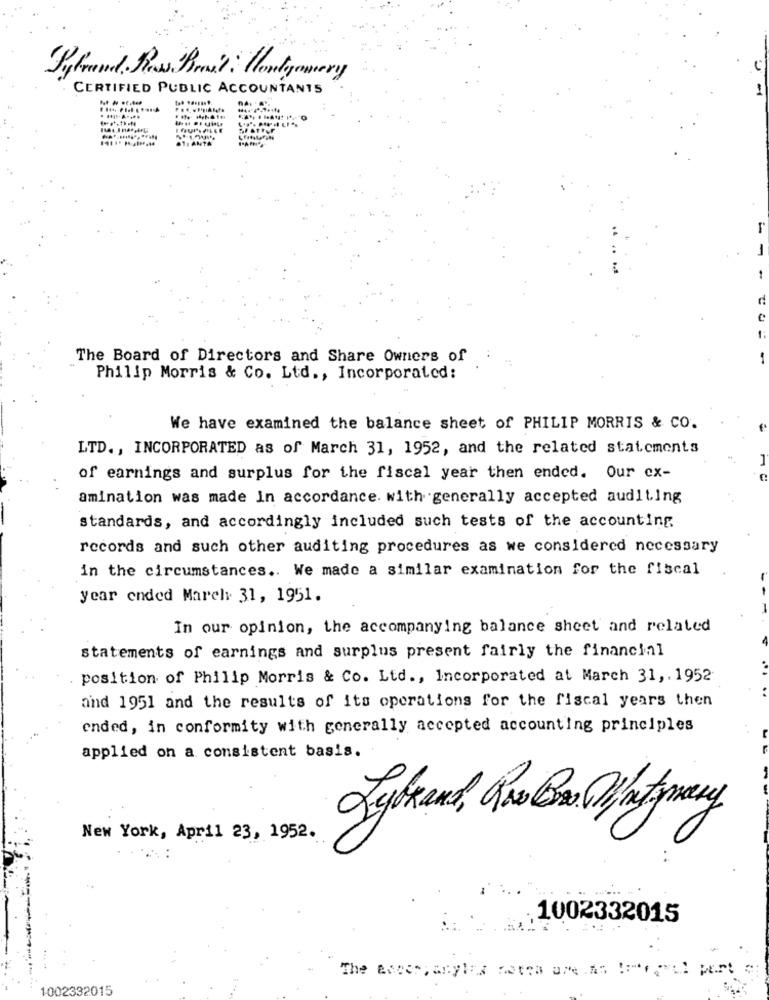
Beforend Ress Brast : Montgomery
CERTIFIED PUBLIC ACCOUNTANTS
1
The Board of Directors and Share Owners of
-
Philip Morris & Co. Ltd ., Incorporated:
We have examined the balance sheet of PHILIP MORRIS & CO.
LTD. , INCORPORATED as of March 31, 1952, and the related statements
of earnings and surplus for the fiscal year then ended. Our ex-
amination was made In accordance with generally accepted auditing
standards, and accordingly included such tests of the accounting
records and such other auditing procedures as we considered necessary
in the circumstances .. We made a similar examination for the fiscal
year ended March 31, 1951.
In our opinion, the accompanying balance sheet and related
statements of earnings and surplus present fairly the financial
position of Philip Morris & Co. Ltd ., Incorporated at March 31 ,. 1952
and 1951 and the results of its operations for the fiscal years then
ended, in conformity with generally accepted accounting principles
applied on a consistent basis.
Tybrand, Que Bs.COM/outmay
New York, April 23, 1952.
.1002332015
1002332015